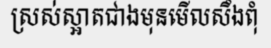
ស្រស់ស្អាតជាងមុនមើលសឹងពុំ